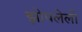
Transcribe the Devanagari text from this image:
झोपलेली